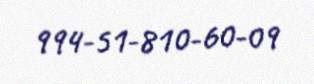
994-51-810-60-09